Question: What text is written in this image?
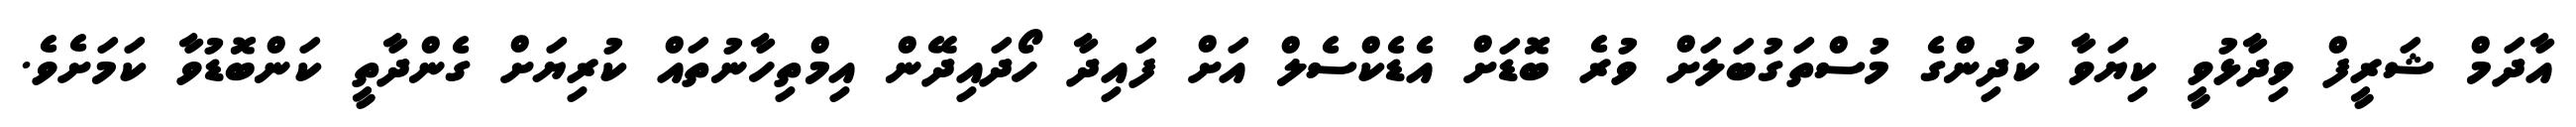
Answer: އާދަމް ޝަރީފް ވިދާޅުވީ ކިޔަވާ ކުދިންގެ މުސްތަގުބަލަށް ވުރެ ބޮޑަށް އެޑެކްސެލް އަށް ފައިދާ ހޯދައިދޭން އިމްތިހާނުތައް ކުރިޔަށް ގެންދާތީ ކަންބޮޑުވާ ކަމަށެވެ.